65_HS1-834228961_62-HQ-83894_Section_9
Agency: FBI
Page 145
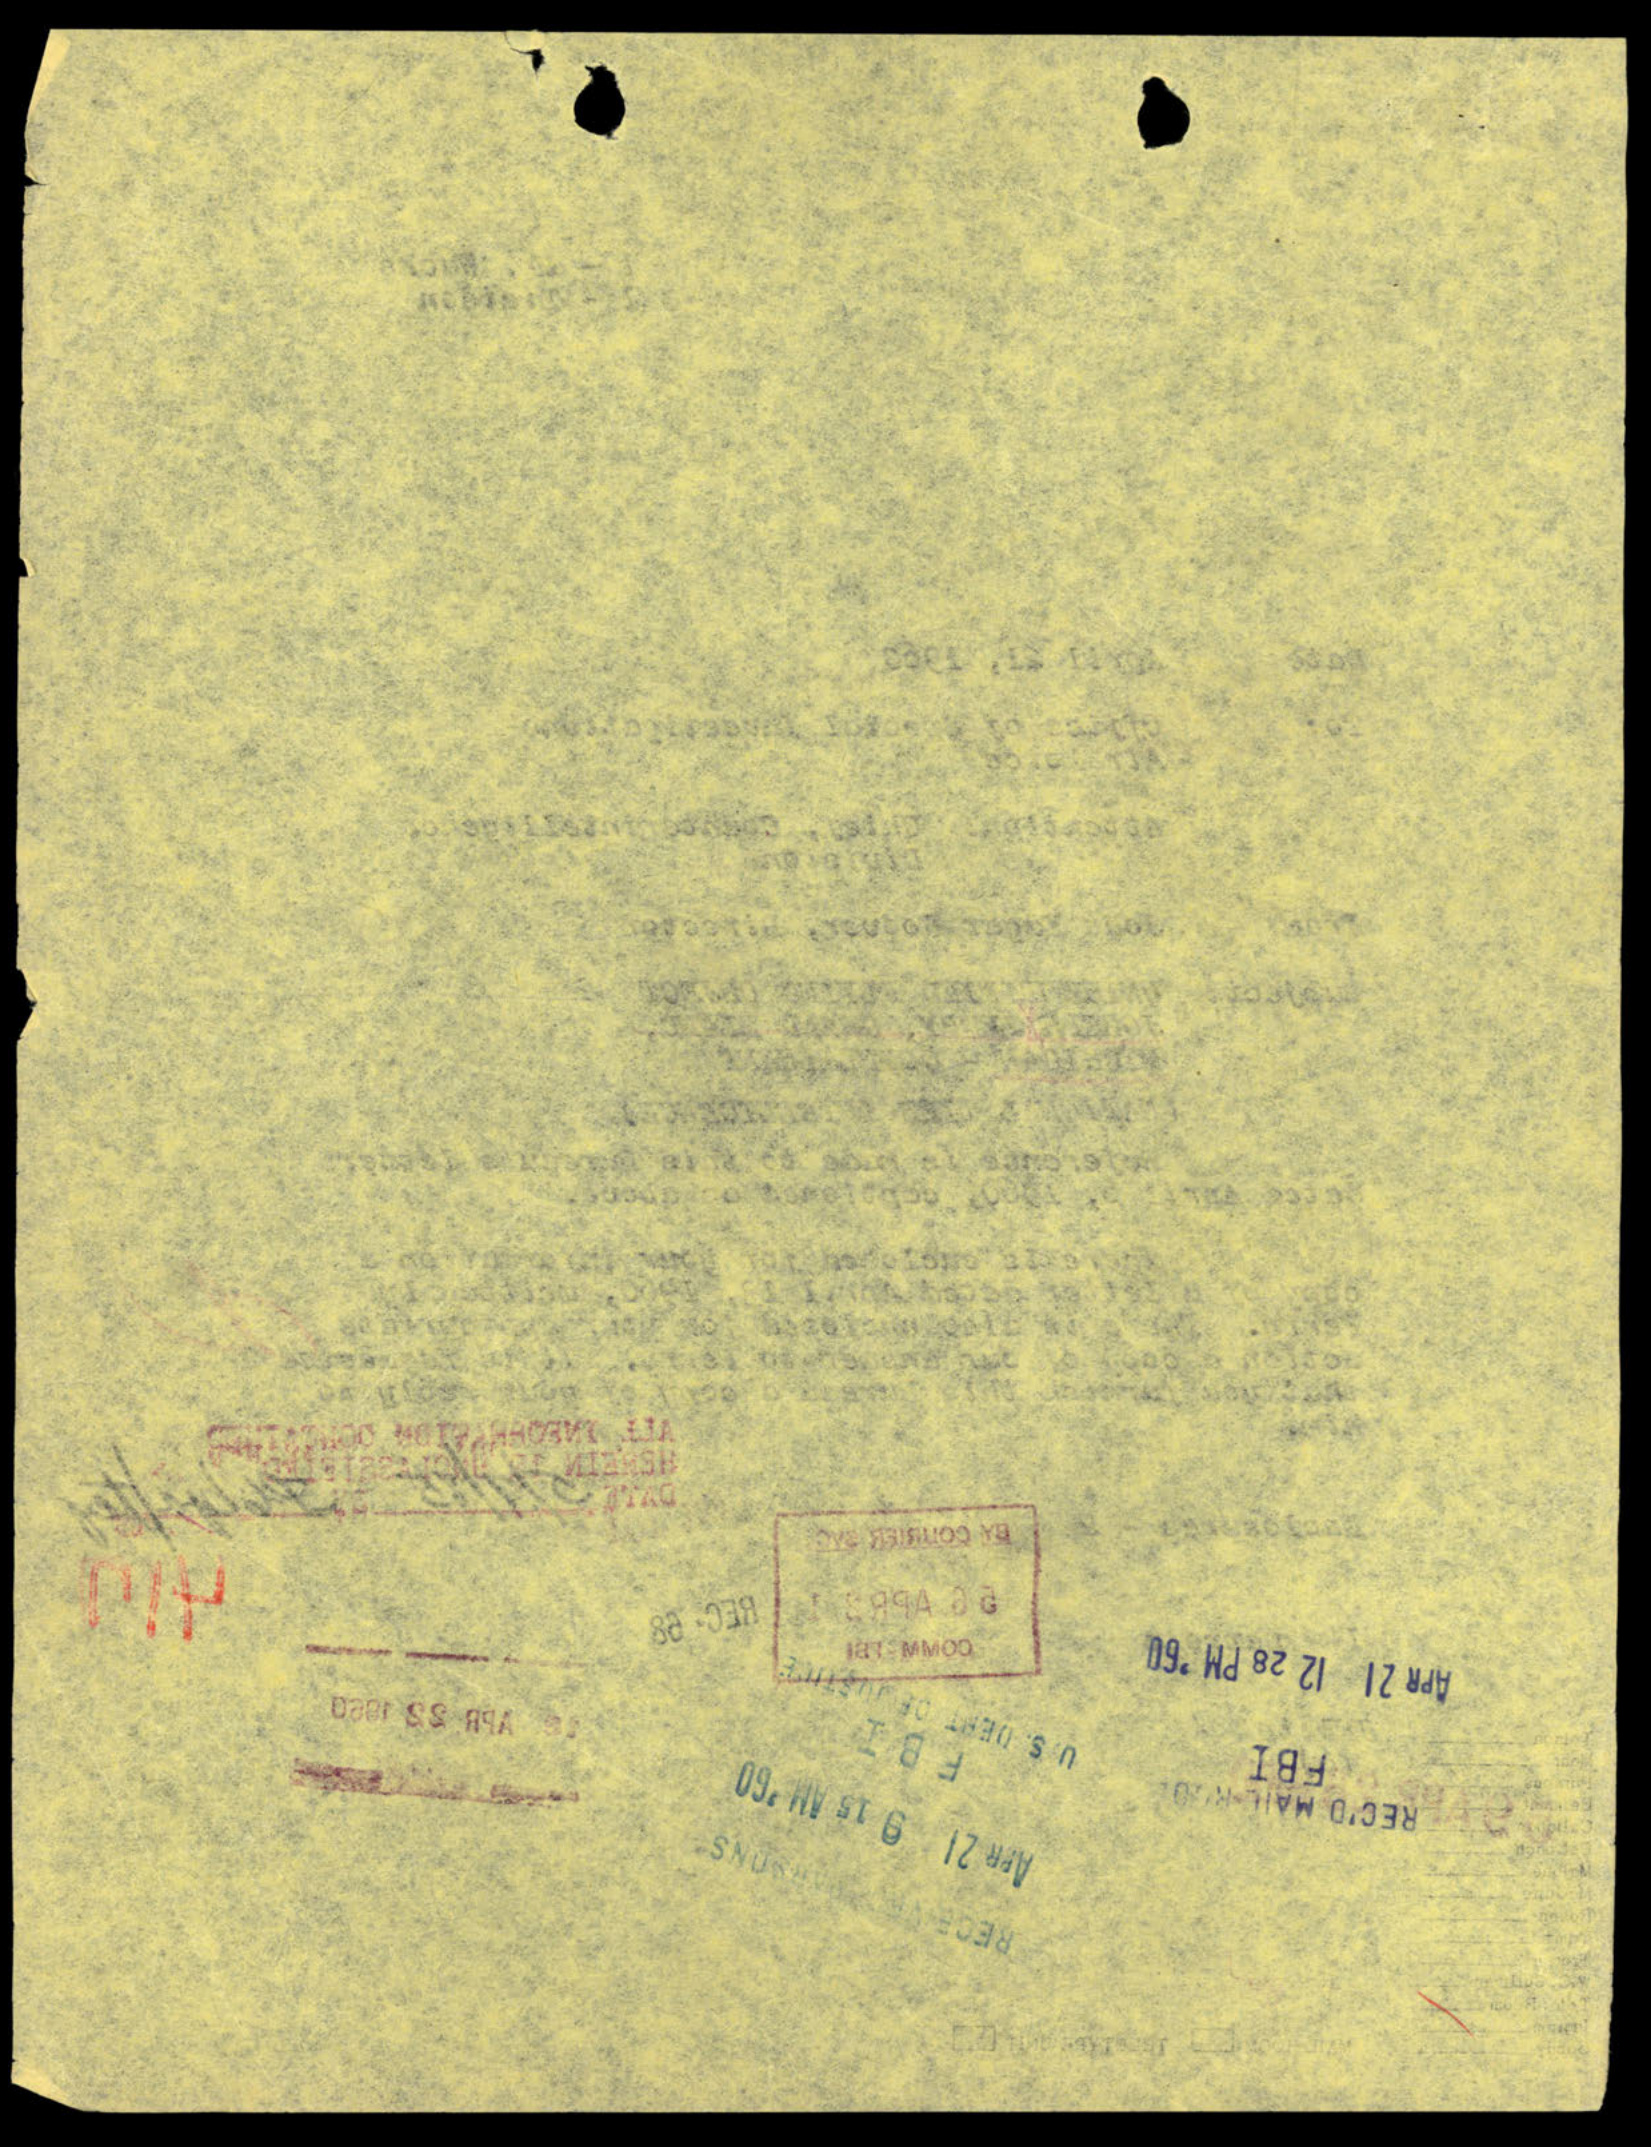